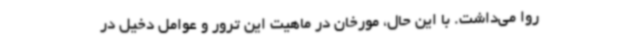
روا می‌داشت. با این‌ حال، مورخان در ماهیت این ترور و عوامل دخیل در